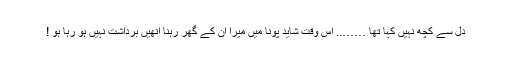
دل سے کچھ نہیں کہا تھا …….. اُس وقت شاید پونا میں میرا ان کے گھر رہنا انھیں برداشت نہیں ہو رہا ہو !